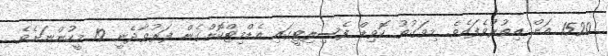
1520 އަށް އިތުރުވެފައެވެ. މިވަގުތު ކޮވިޑް ފެސިލިޓީގައި އެޑްމިޓްކޮށްގެން ފަރުވާދެނީ 19 މީހުންނަށެވެ.